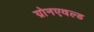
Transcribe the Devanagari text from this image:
ग्रोनएवल्ड